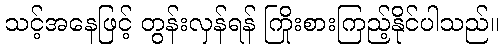
သင့်အနေဖြင့် တွန်းလှန်ရန် ကြိုးစားကြည့်နိုင်ပါသည်။